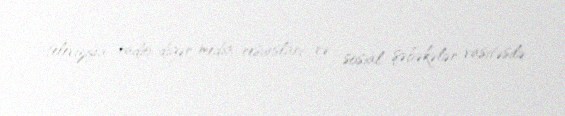
televiziya, radio, digər media resursları və sosial şəbəkələr vasitəsilə